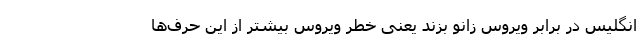
انگلیس در برابر ویروس زانو بزند یعنی خطر ویروس بیشتر از این حرف‌ها